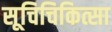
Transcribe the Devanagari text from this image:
सूचिचिकित्सा